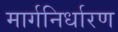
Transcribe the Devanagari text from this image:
मार्गनिर्धारण